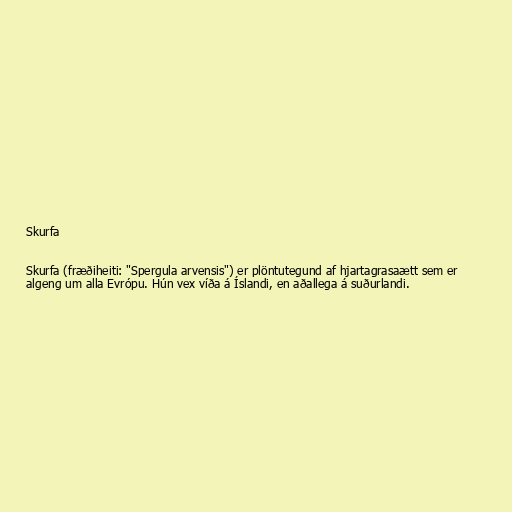
Skurfa

Skurfa (fræðiheiti: "Spergula arvensis") er plöntutegund af hjartagrasaætt sem er
algeng um alla Evrópu. Hún vex víða á Íslandi, en aðallega á suðurlandi.